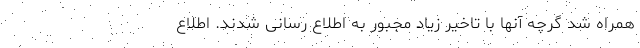
همراه شد گرچه آنها با تاخیر زیاد مجبور به اطلاع رسانی شدند. اطلاع